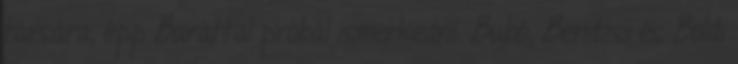
társára, épp Baráttal próbál ismerkedni. Bubó, Bendzsi és Boldi